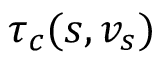
\tau _ { c } ( s , v _ { s } )